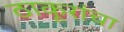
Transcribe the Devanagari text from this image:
ठाकूरांचा